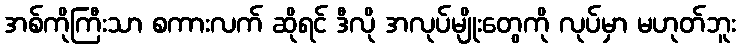
အစ်ကိုကြီးသာ စကားလက် ဆိုရင် ဒီလို အလုပ်မျိုးတွေကို လုပ်မှာ မဟုတ်ဘူး